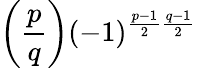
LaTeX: \left({\frac{p}{q}}\right)(-1)^{{\frac{p-1}{2}}{\frac{q-1}{2}}}